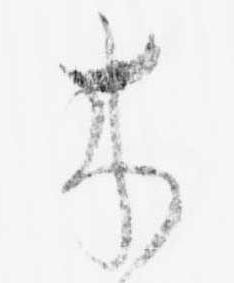
来